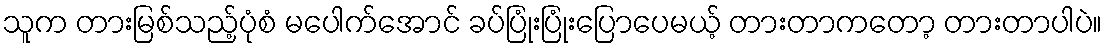
သူက တားမြစ်သည့်ပုံစံ မပေါက်အောင် ခပ်ပြုံးပြုံးပြောပေမယ့် တားတာကတော့ တားတာပါပဲ။